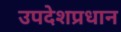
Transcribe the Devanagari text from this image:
उपदेशप्रधान